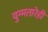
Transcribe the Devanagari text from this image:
युग्मतारेही